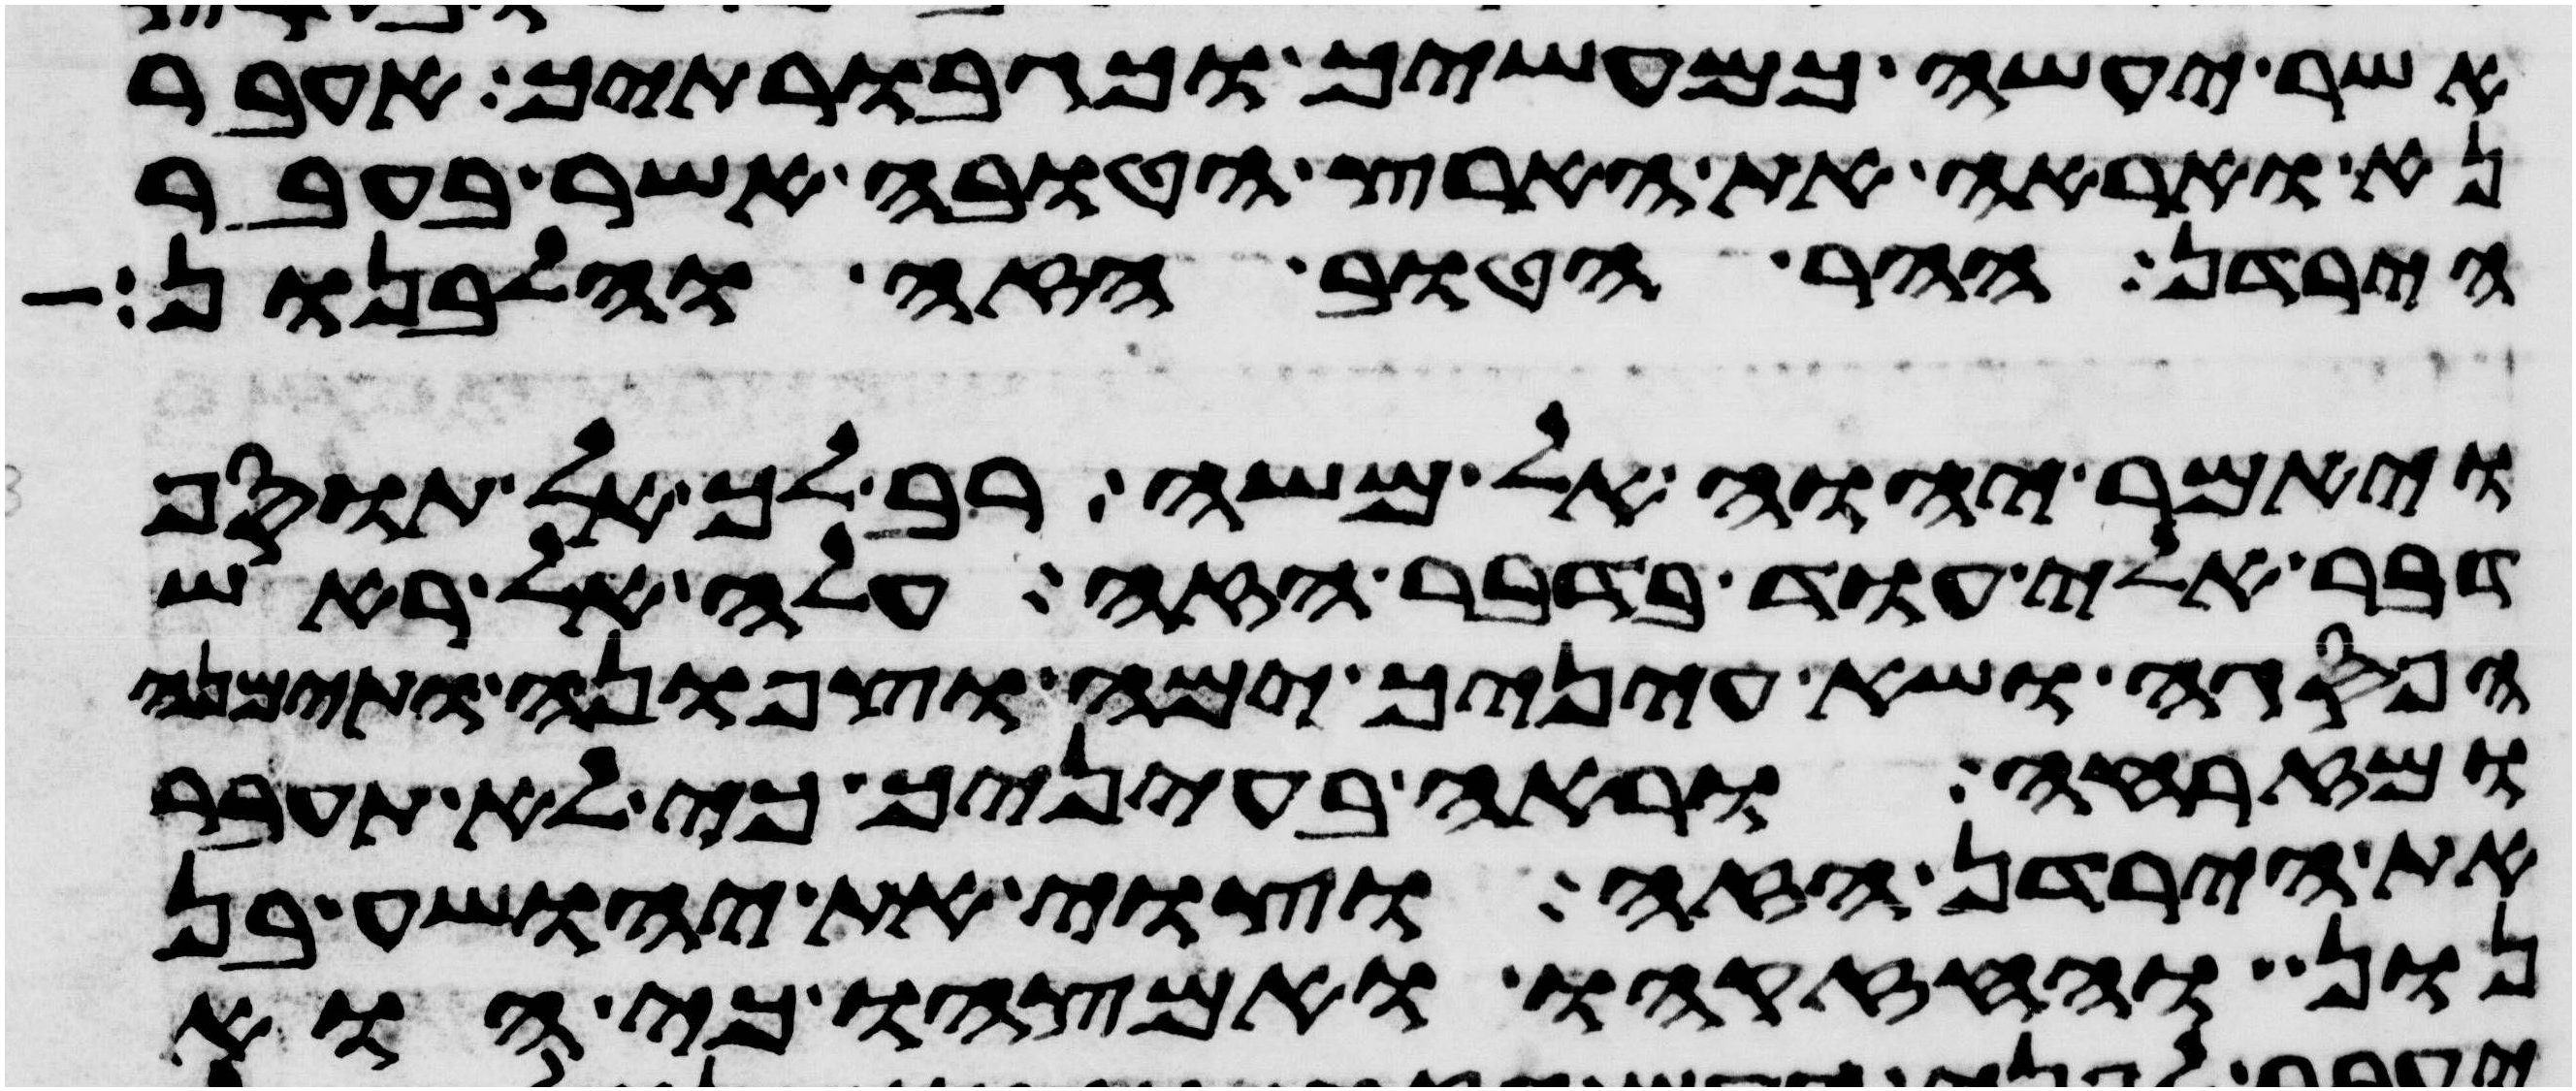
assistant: אשר יעשה כמעשיך וכגבורתיך אעבר
נא ואראה את הארץ הטובה אשר בעבר
הירדן ההר הטוב הזה והלבנון
ויאמר יהוה אל משה רב לך אל תוסף
דבר אלי עוד בדבר הזה עלה אל ראש
הפסגה ושא עיניך ימה וצפונה ותימנה
ומזרחה וראה בעיניך כי לא תעבר
את הירדן הזה וצוי את יהושע בן
נון וחזקהו ואמצהו כי הוא